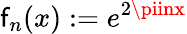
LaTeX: \mathsf{f}_{n}(x):=e^{2\piinx}